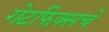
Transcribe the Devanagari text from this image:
गेटफिक्सचे